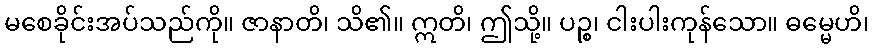
မစေခိုင်းအပ်သည်ကို။ ဇာနာတိ၊ သိ၏။ ဣတိ၊ ဤသို့။ ပဉ္စ၊ ငါးပါးကုန်သော။ ဓမ္မေဟိ၊